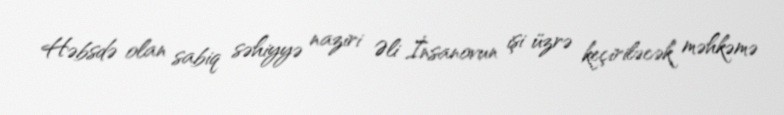
Həbsdə olan sabiq səhiyyə naziri Əli İnsanovun işi üzrə keçiriləcək məhkəmə